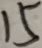
1 5